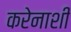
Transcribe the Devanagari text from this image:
करेनाशी